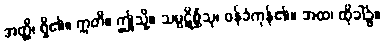
အတ္ထိ၊ ရှိ၏။ ဣတိ။ ဤသို့။ သမ္ပဋိစ္ဆိံသု၊ ဝန်ခံကုန်၏။ အထ၊ ထိုခါ၌။